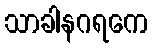
သာခါနဂရကေ